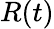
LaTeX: R(t)